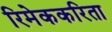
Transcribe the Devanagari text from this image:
रिमेककरिता